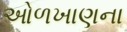
ઓળખાણના